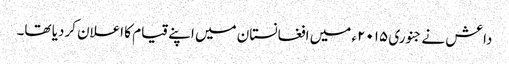
داعش نے جنوری ۲۰۱۵ء میں افغانستان میں اپنے قیام کا اعلان کردیا تھا۔